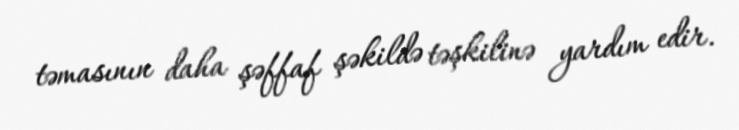
təmasının daha şəffaf şəkildə təşkilinə yardım edir.